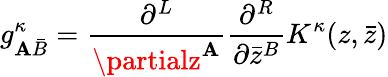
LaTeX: g_{\mathbf{A}{\bar{{B}}}}^{\kappa}=\frac{{\partial^{L}}}{{\partialz^{\mathbf{A}}}}\frac{{\partial^{R}}}{{\partial{\bar{{z}}}^{B}}}K^{\kappa}(z,{\bar{{z}}})